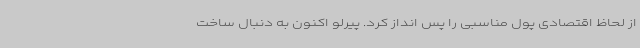
از لحاظ اقتصادی پول مناسبی را پس انداز کرد. پیرلو اکنون به دنبال ساخت